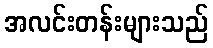
အလင်းတန်းများသည်